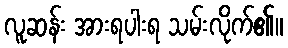
လူဆန်း အားရပါးရ သမ်းလိုက်၏။